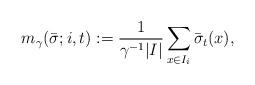
LaTeX: \begin{align*}m_{\gamma}(\bar\sigma;i,t):=\frac{1}{\gamma^{-1}|I|}\sum_{x\in I_{i}}\bar\sigma_{t}(x),\end{align*}